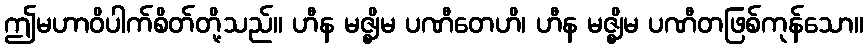
ဤမဟာဝိပါက်စိတ်တို့သည်။ ဟီန မဇ္ဈိမ ပဏီတေဟိ၊ ဟီန မဇ္ဈိမ ပဏီတဖြစ်ကုန်သော။